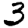
Digit: 3